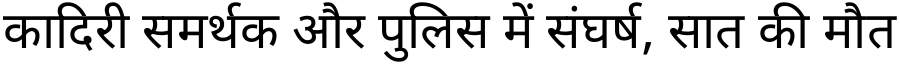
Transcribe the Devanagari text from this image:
कादिरी समर्थक और पुलिस में संघर्ष, सात की मौत